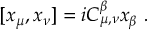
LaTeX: [ x _ { \mu } , x _ { \nu } ] = i C _ { \mu , \nu } ^ { \beta } x _ { \beta } ~ .